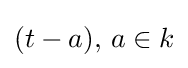
(t-a),\,a\in k